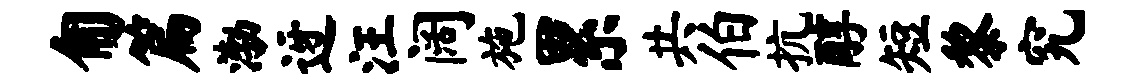
匍篇渤迓汪阔施累共伯抗醇短黎究